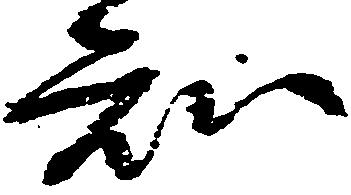
知